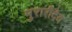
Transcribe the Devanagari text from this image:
मुरारीदेव